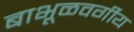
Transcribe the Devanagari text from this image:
बाभूळवर्गीय